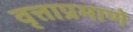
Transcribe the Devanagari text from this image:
वृत्ताप्रमाणे